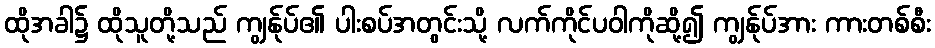
ထိုအခါ၌ ထိုသူတို့သည် ကျွန်ုပ်၏ ပါးစပ်အတွင်းသို့ လက်ကိုင်ပဝါကိုဆို့၍ ကျွန်ုပ်အား ကားတစ်စီး